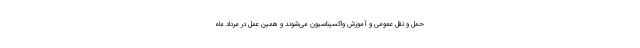
حمل و نقل عمومی و آموزش واکسیناسیون می‌شوند و همین عمل در مرداد ماه